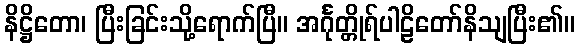
နိဋ္ဌိတော၊ ပြီးခြင်းသို့ရောက်ပြီ။ အင်္ဂုတ္တိုရ်ပါဠိတော်နိသျပြီး၏။